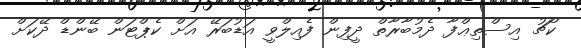
ކޯޗު އިސްތިޢްފާ ދެމުބާރާތް ދީފިން ފެއިލްވީ އަޑުބަރޭ އަށް ކެޕްޓަން ބޭންޑް ދޭކަށް